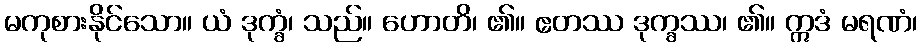
မကုစားနိုင်သော။ ယံ ဒုက္ခံ၊ သည်။ ဟောတိ၊ ၏။ ဧတဿ ဒုက္ခဿ၊ ၏။ ဣဒံ မရဏံ၊